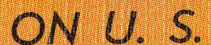
ON U.S.